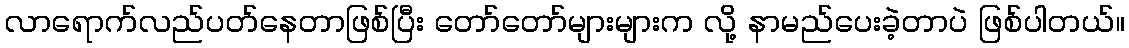
လာရောက်လည်ပတ်နေတာဖြစ်ပြီး တော်တော်များများက လို့ နာမည်ပေးခဲ့တာပဲ ဖြစ်ပါတယ်။